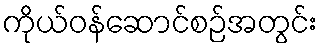
ကိုယ်ဝန်ဆောင်စဉ်အတွင်း